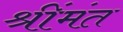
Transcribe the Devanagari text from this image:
श्रींमंत